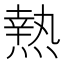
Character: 𤍠